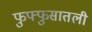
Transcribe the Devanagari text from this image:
फुफ्फुसातली